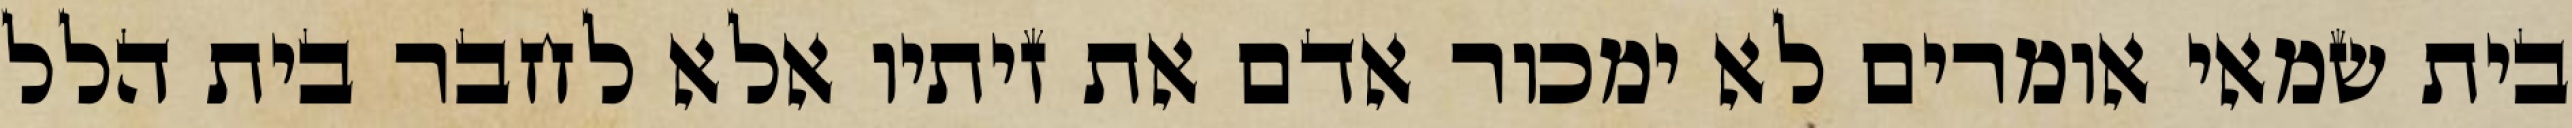
בית שמאי אומרים לא ימכור אדם את זיתיו אלא לחבר בית הלל